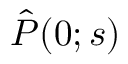
\hat { P } ( 0 ; s )